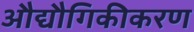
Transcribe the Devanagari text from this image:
औद्यौगिकीकरण